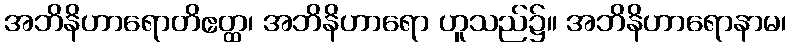
အဘိနိဟာရောတိဧတ္ထ၊ အဘိနိဟာရော ဟူသည်၌။ အဘိနိဟာရောနာမ၊